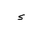
Letter: _hamza